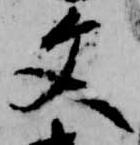
文